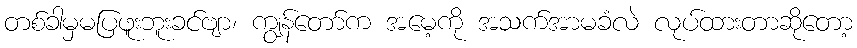
တစ်ခါမှမပြဖူးဘူးခင်ဗျာ၊ ကျွန်တော်က အမေ့ကို အသက်အာမခံလဲ လုပ်ထားတာဆိုတော့